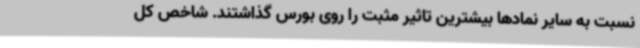
نسبت به سایر نمادها بیشترین تاثیر مثبت را روی بورس گذاشتند. شاخص کل